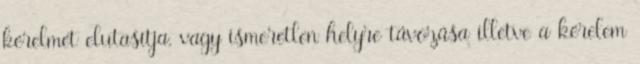
kérelmét elutasítja, vagy ismeretlen helyre távozása illetve a kérelem